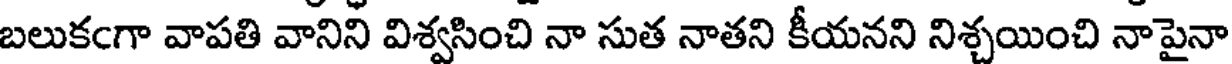
బలుకఁగా వాపతి వానిని విశ్వసించి నా సుత నాతని కీయనని నిశ్చయించి నాపైనా